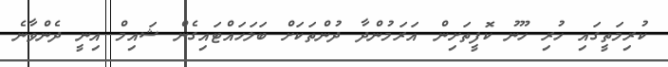
ކުރިމަތީގައި ހުރި ހޫނު ކޮފީތަށިން އަރަމުންދާ ދުންތަކަށް ބަލަހައްޓައިގެން ޝައިމް އިނީ ދެންވާނެ